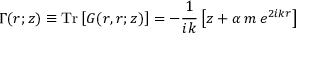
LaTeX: \Gamma ( r ; z ) \equiv \mathrm { T r } \left[ G ( r , r ; z ) \right] = - \frac { 1 } { i k } \left[ z + \alpha \, m \, e ^ { 2 i k r } \right]